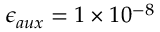
\epsilon _ { a u x } = 1 \times 1 0 ^ { - 8 }